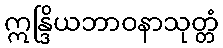
ဣန္ဒြိယဘာဝနာသုတ္တံ